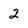
Character: 2